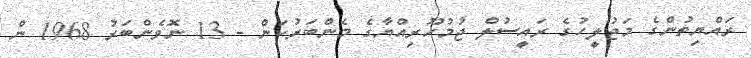
ރައްޔިތުންގެ މަޖުލީހުގެ ރައީސުލް ޖުމުހޫރިއްޔާގެ މެންބަރުކަން - 13 ނޮވެންބަރު 1968 ން